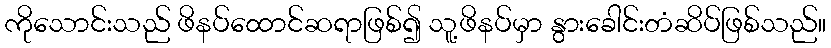
ကိုသောင်းသည် ဖိနပ်ထောင်ဆရာဖြစ်၍ သူ့ဖိနပ်မှာ နွားခေါင်းတံဆိပ်ဖြစ်သည်။